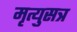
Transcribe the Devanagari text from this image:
मृत्युसत्र